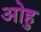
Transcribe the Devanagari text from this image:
ओहु